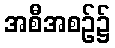
အစီအစဉ်၌